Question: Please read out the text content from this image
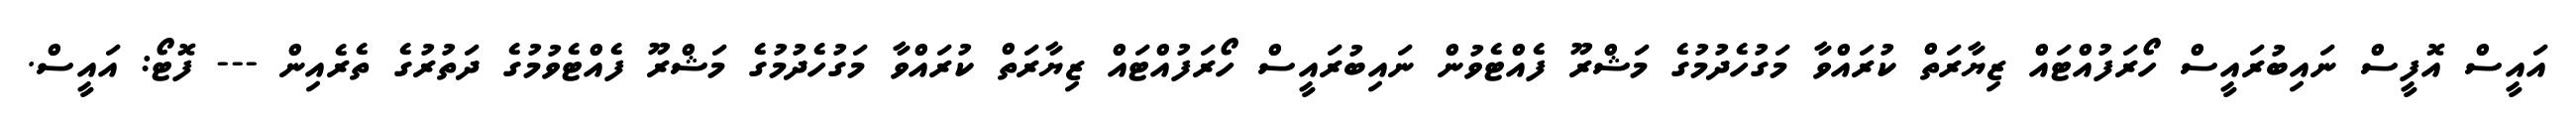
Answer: އައީސް އޮފީސް ނައިބުރައީސް ހޯރަފުއްޓައް ޒިޔާރަތް ކުރައްވާ މަގުހެދުމުގެ މަޝްރޫ ފެއްޓެވުން ނައިބުރައީސް ހޯރަފުއްޓައް ޒިޔާރަތް ކުރައްވާ މަގުހެދުމުގެ މަޝްރޫ ފެއްޓެވުމުގެ ދަތުރުގެ ތެރެއިން --- ފޮޓޯ: އައީސް.